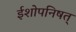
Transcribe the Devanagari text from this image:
ईशोपनिषत्